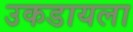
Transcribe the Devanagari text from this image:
उकडायला